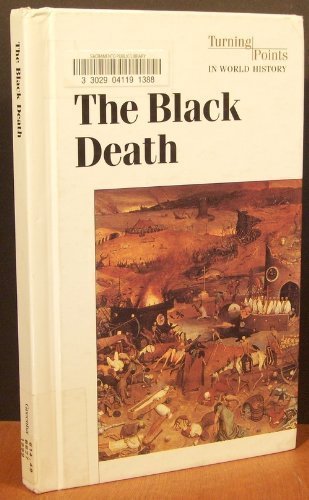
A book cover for The Black Death (Turning Points in World History); Teen & Young Adult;